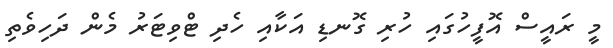
މީ ރައީސް އޮފީހުގައި ހުރި ގޮނޑި އަކާއި ހެދި ޓްވިޓަރު މެން ދަހިވެތި